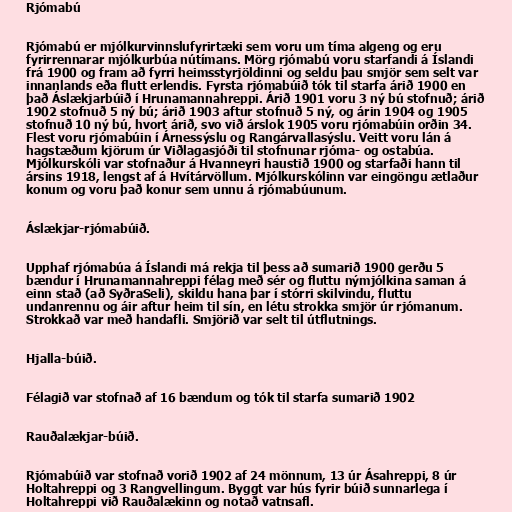
Rjómabú

Rjómabú er mjólkurvinnslufyrirtæki sem voru um tíma algeng og eru
fyrirrennarar mjólkurbúa nútímans. Mörg rjómabú voru starfandi á Íslandi
frá 1900 og fram að fyrri heimsstyrjöldinni og seldu þau smjör sem selt var
innanlands eða flutt erlendis. Fyrsta rjómabúið tók til starfa árið 1900 en
það Áslækjarbúið í Hrunamannahreppi. Árið 1901 voru 3 ný bú stofnuð; árið
1902 stofnuð 5 ný bú; árið 1903 aftur stofnuð 5 ný, og árin 1904 og 1905
stofnuð 10 ný bú, hvort árið, svo við árslok 1905 voru rjómabúin orðin 34.
Flest voru rjómabúin í Árnessýslu og Rangárvallasýslu. Veitt voru lán á
hagstæðum kjörum úr Viðlagasjóði til stofnunar rjóma- og ostabúa.
Mjólkurskóli var stofnaður á Hvanneyri haustið 1900 og starfaði hann til
ársins 1918, lengst af á Hvítárvöllum. Mjólkurskólinn var eingöngu ætlaður
konum og voru það konur sem unnu á rjómabúunum.

Áslækjar-rjómabúið.

Upphaf rjómabúa á Íslandi má rekja til þess að sumarið 1900 gerðu 5
bændur í Hrunamannahreppi félag með sér og fluttu nýmjólkina saman á
einn stað (að SyðraSeli), skildu hana þar í stórri skilvindu, fluttu
undanrennu og áir aftur heim til sín, en létu strokka smjör úr rjómanum.
Strokkað var með handafli. Smjörið var selt til útflutnings.

Hjalla-búið.

Félagið var stofnað af 16 bændum og tók til starfa sumarið 1902

Rauðalækjar-búið.

Rjómabúið var stofnað vorið 1902 af 24 mönnum, 13 úr Ásahreppi, 8 úr
Holtahreppi og 3 Rangvellingum. Byggt var hús fyrir búið sunnarlega í
Holtahreppi við Rauðalækinn og notað vatnsafl.